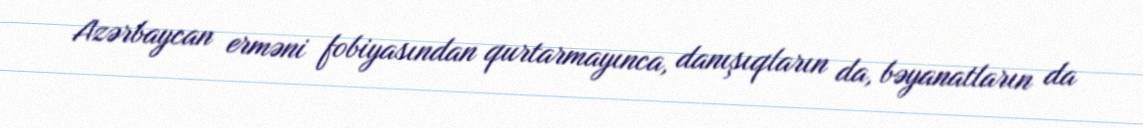
Azərbaycan erməni fobiyasından qurtarmayınca, danışıqların da, bəyanatların da